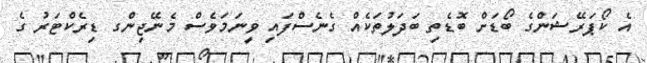
އެ ކޯޕަރޭޝަންގެ ބޯޑަށް ބޮޑެތި ބަދަލުތަކެއް ގެނެސްފައި ވީނަމަވެސް މެނޭޖިންގ ޑިރެކްޓަރު ގެ